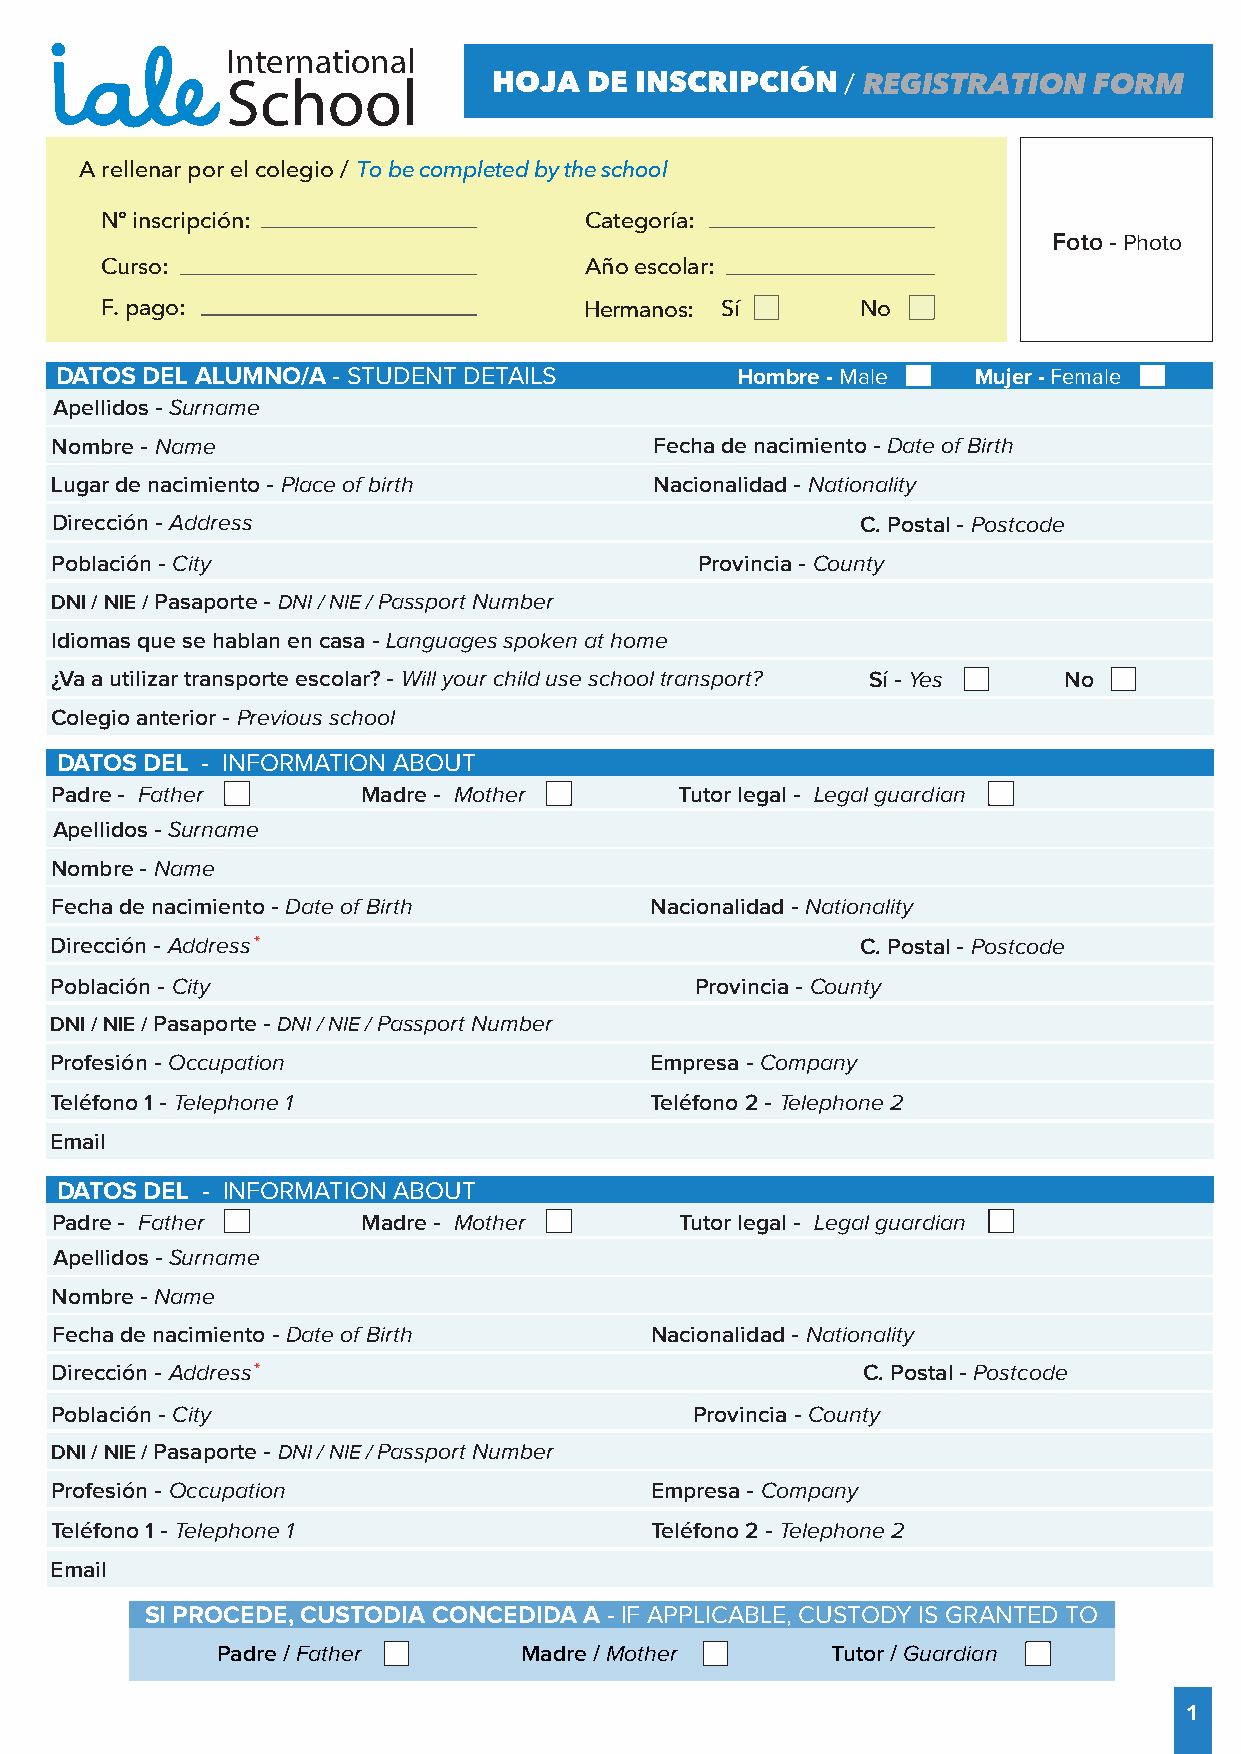
International
 School            HOJA  DE INSCRIPCIÓN   / REGISTRATION  FORM
 A rellenar por el colegio / To be completed by the school
 Nº inscripción:                 Categoría:
 Foto - Photo
 Cu r s o :                      Año escolar:
 F. pago:                        Hermanos: S í     No
 DATOS DEL ALUMNO/A - STUDENT DETAILS         Hombre - Male   Mujer - Female
 Apellidos - Surname
 Nombre - Name                           Fecha de nacimiento - Date of Birth
 Lugar de nacimiento - Place of birth    Nacionalidad - Nationality
 Dirección - Address                                   C. Postal - Postcode
 Población - City                           Provincia - County
 DNI / NIE / Pasaporte - DNI / NIE / Passport Number
 Idiomas que se hablan en casa - Languages spoken at home
 ¿ Va a utilizar transporte escolar? - Will your child use school transport? Sí - Yes No
 C olegio anterior - Previous school
 DATOS DEL - INFORMATION ABOUT
 Padre - Father       Madre - Mother       Tutor legal - Legal guardian
 Apellidos - Surname
 Nombre - Name
 Fecha de nacimiento - Date of Birth     Nacionalidad - Nationality
 Dirección - Address*                                  C. Postal - Postcode
 Población - City                           Provincia - County
 DNI / NIE / Pasaporte - DNI / NIE / Passport Number
 Profesión - Occupation                  Empresa - Company
 T eléfono 1 - Telephone 1               Teléfono 2 - Telephone 2
 Email
 DATOS DEL - INFORMATION ABOUT
 Padre - Father       Madre - Mother       Tutor legal - Legal guardian
 Apellidos - Surname
 Nombre - Name
 Fecha de nacimiento - Date of Birth     Nacionalidad - Nationality
 Dirección - Address*                                  C. Postal - Postcode
 Población - City                           Provincia - County
 DNI / NIE / Pasaporte - DNI / NIE / Passport Number
 Profesión - Occupation                  Empresa - Company
 T eléfono 1 - Telephone 1               Teléfono 2 - Telephone 2
 Email
 SI PROCEDE, CUSTODIA CONCEDIDA A - IF APPLICABLE, CUSTODY IS GRANTED TO
 Padre / Father      Madre / Mother       Tutor / Guardian
 1